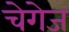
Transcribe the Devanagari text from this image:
चेगेज